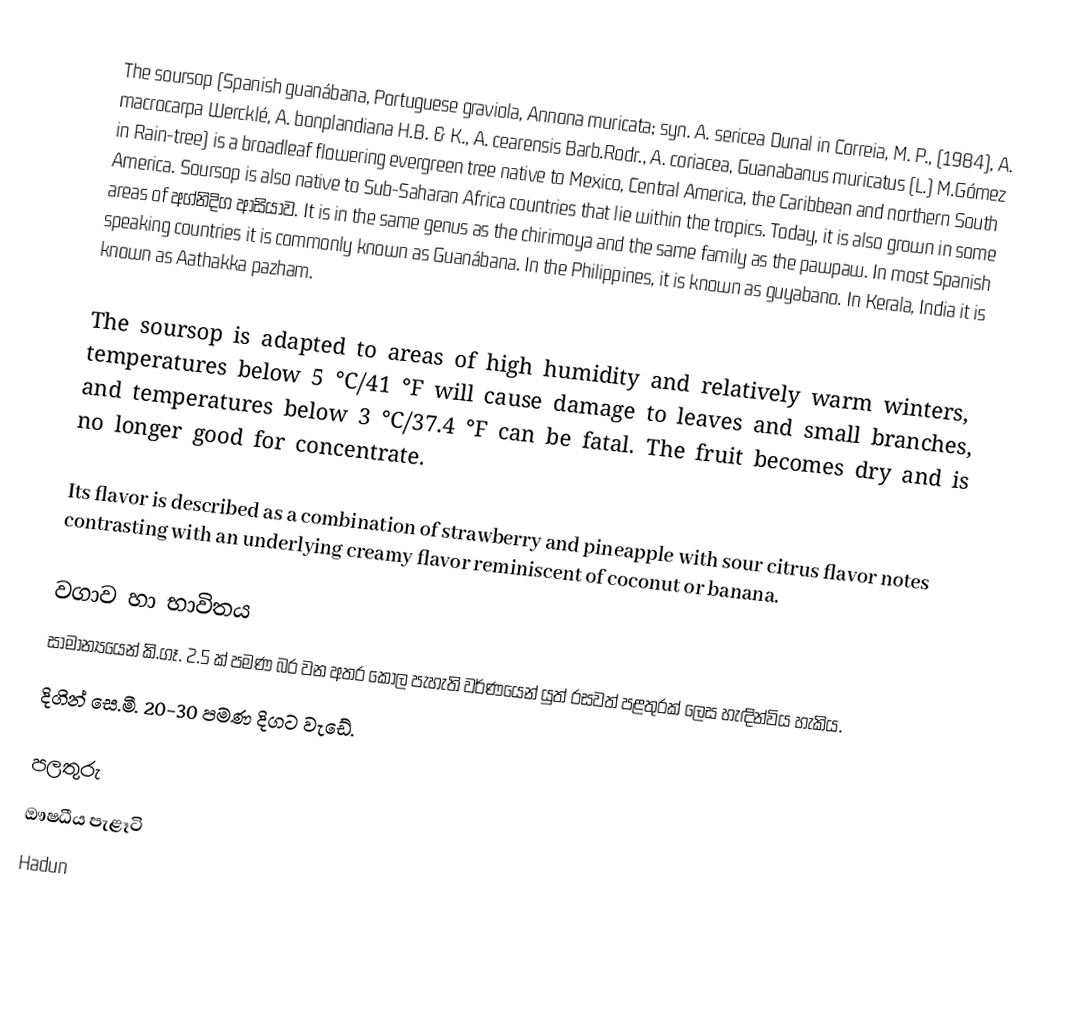
The soursop (Spanish guanábana, Portuguese graviola, Annona muricata; syn. A. sericea Dunal in Correia, M. P., (1984), A. macrocarpa Wercklé, A. bonplandiana  H.B. &  K., A. cearensis Barb.Rodr., A.  coriacea, Guanabanus muricatus (L.) M.Gómez in Rain-tree) is a broadleaf flowering evergreen tree native to Mexico, Central America, the Caribbean and northern South America. Soursop is also native to Sub-Saharan Africa countries that lie within the tropics. Today, it is also grown in some areas of අග්නිදිග ආසියාව. It is in the same genus as the chirimoya and the same family as the pawpaw. In most Spanish speaking countries it is commonly known as Guanábana.  In the Philippines, it is known as guyabano. In Kerala, India it is known as Aathakka pazham.

The soursop is adapted to areas of high humidity and relatively warm winters, temperatures below 5 °C/41 °F will cause damage to leaves and small branches, and temperatures below 3 °C/37.4 °F can be fatal.  The fruit becomes dry and is no longer good for concentrate.

Its flavor is described as a combination of strawberry and pineapple with sour citrus flavor notes contrasting with an underlying creamy flavor reminiscent of coconut or banana.

වගාව හා භාවිතය
සාමාන්‍යයෙන් කි.ගෑ. 2.5 ක් පමණ බර වන අතර කොල පැහැති වර්ණයෙන් යුත් රසවත් පළතුරක් ලෙස හැඳින්විය හැකිය.
දිගින් සෙ.මී. 20-30 පමණ දිගට වැඩේ.

පලතුරු
ඖෂධීය පැළෑටි
Hadun